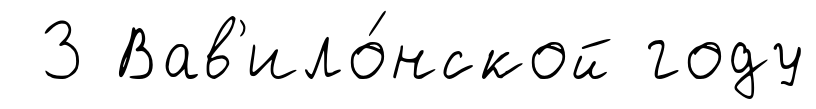
3 Вав'ило́нской году